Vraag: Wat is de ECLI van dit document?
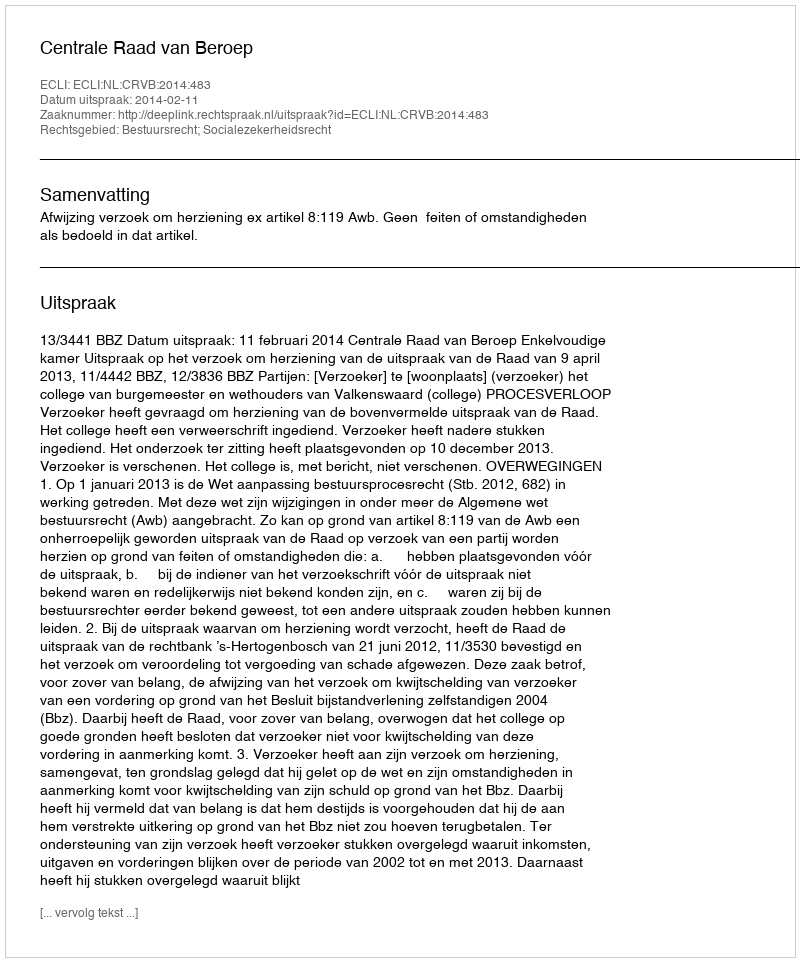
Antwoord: ECLI:NL:CRVB:2014:483